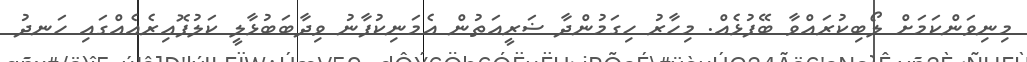
މިނިވަންކަމަށް ލޯބިކުރައްވާ ބޭފުޅެއް. މިހާރު ހިގަމުންދާ ޟަރީއަތުން އެމަނިކުފާނު ވިދާބަބުޅާލީ ކަލުފޮއިރެއެއްގައި ހަނދު